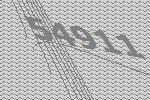
54911